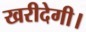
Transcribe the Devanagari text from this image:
खरीदेगी।